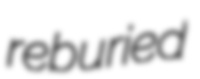
reburied